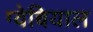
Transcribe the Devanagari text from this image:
ग्वेबियाल